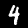
Label: 4